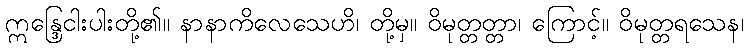
ဣန္ဒြေငါးပါးတို့၏။ နာနာကိလေသေဟိ၊ တို့မှ။ ဝိမုတ္တတ္တာ၊ ကြောင့်။ ဝိမုတ္တရသေန၊